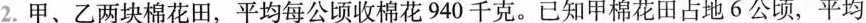
2.甲、乙两块棉花田，平均每公顷收棉花940千克。已知甲棉花田占地6公顷，平均